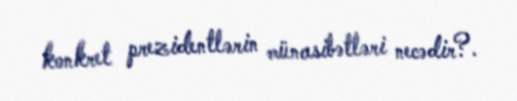
konkret prezidentlərin münasibətləri necədir?.